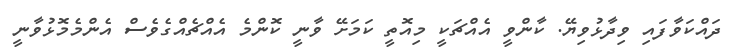
ދައްކަވާފައި ވިދާޅުވިޔޭ. ކާންވީ އެއްޗަކީ މިއޮތީ ކަމަށޭ ވާނީ ކޮންމެ އެއްޗެއްގެވެސް އެންމެމޮޅުވާނީ